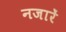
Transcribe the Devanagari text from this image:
नजारें